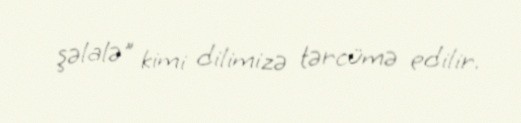
şəlalə" kimi dilimizə tərcümə edilir.